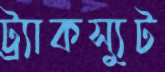
ট্র্যাকস্যুট